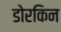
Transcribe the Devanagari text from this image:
डोरकिन